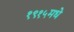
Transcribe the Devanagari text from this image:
१९१५मधे